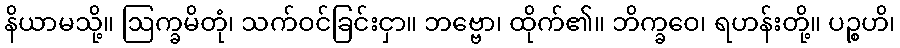
နိယာမသို့။ ဩက္ခမိတုံ၊ သက်ဝင်ခြင်းငှာ။ ဘဗ္ဗော၊ ထိုက်၏။ ဘိက္ခဝေ၊ ရဟန်းတို့။ ပဉ္စဟိ၊